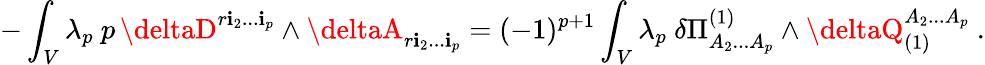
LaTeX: -\int_{V}\lambda_{p}\ p\, \deltaD^{r\mathbf{i}_{2}...\mathbf{i}_{p}}\wedge\deltaA_{r\mathbf{i}_{2}...\mathbf{i}_{p}}=(-1)^{p+1}\int_{V}\lambda_{p}\ \delta\Pi_{A_{2}...A_{p}}^{(1)}\wedge\deltaQ_{(1)}^{A_{2}...A_{p}}\ .